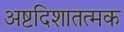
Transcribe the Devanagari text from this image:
अष्टदिशातत्मक